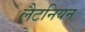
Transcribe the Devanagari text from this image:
लैटनियन